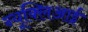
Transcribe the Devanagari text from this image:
न्यूक्लिआई